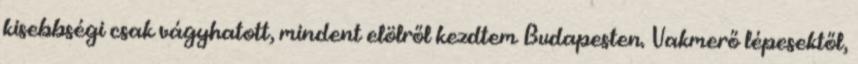
kisebbségi csak vágyhatott, mindent elölről kezdtem Budapesten. Vakmerő lépesektől,